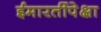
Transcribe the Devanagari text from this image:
ईमारतींपेक्षा